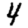
Digit: 4